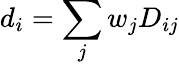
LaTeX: d_{i}=\sum_{j}w_{j}D_{ij}